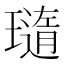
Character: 𤩼